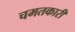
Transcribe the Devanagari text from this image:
चमतकारी